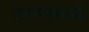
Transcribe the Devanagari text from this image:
हरणांमध्ये